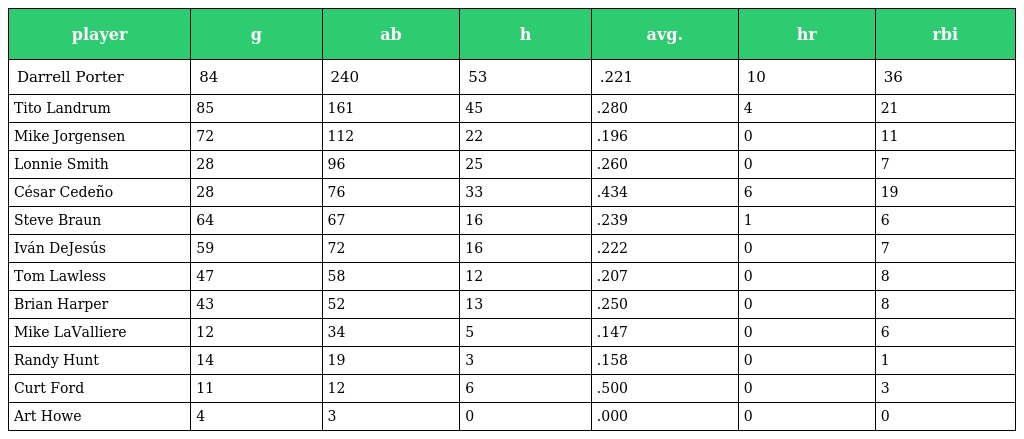
| player | g | ab | h | avg. | hr | rbi |
 | --- | --- | --- | --- | --- | --- | --- |
 | Darrell Porter | 84 | 240 | 53 | .221 | 10 | 36 |
 | Tito Landrum | 85 | 161 | 45 | .280 | 4 | 21 |
 | Mike Jorgensen | 72 | 112 | 22 | .196 | 0 | 11 |
 | Lonnie Smith | 28 | 96 | 25 | .260 | 0 | 7 |
 | César Cedeño | 28 | 76 | 33 | .434 | 6 | 19 |
 | Steve Braun | 64 | 67 | 16 | .239 | 1 | 6 |
 | Iván DeJesús | 59 | 72 | 16 | .222 | 0 | 7 |
 | Tom Lawless | 47 | 58 | 12 | .207 | 0 | 8 |
 | Brian Harper | 43 | 52 | 13 | .250 | 0 | 8 |
 | Mike LaValliere | 12 | 34 | 5 | .147 | 0 | 6 |
 | Randy Hunt | 14 | 19 | 3 | .158 | 0 | 1 |
 | Curt Ford | 11 | 12 | 6 | .500 | 0 | 3 |
 | Art Howe | 4 | 3 | 0 | .000 | 0 | 0 |